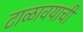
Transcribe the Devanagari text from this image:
टाळावयाची